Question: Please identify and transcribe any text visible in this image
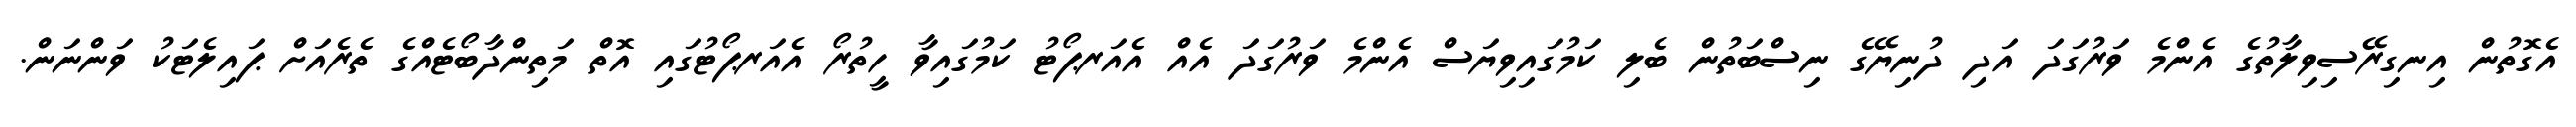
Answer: އެގޮތުން އިނގިރޭސިވިލާތުގެ އެންމެ ވަރުގަދަ އަދި ދުނިޔޭގެ ނިސްބަތުން ބެލި ކަމުގައިވިޔަސް އެންމެ ވަރުގަދަ އެއް އެއަރޕޯޓު ކަމުގައިވާ ހީތުރޯ އެއަރޕޯޓުގައި އޮތް މަތިންދާބޯޓެއްގެ ތެރެއަށް ޕައިލެޓަކު ވަންނަން.